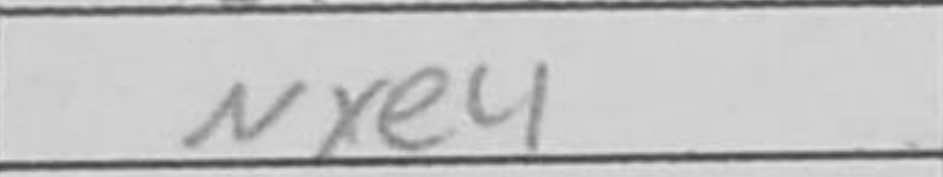
Transcription: Nxe4